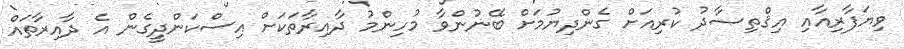
ވިޔަފާރިއާއި އިޤްތިޞާދު ކުރިއަށް ގެންދިޔުމަށް ބޭނުންވާ މުހިންމު ދާއިރާތަކަށް އިސްކަންދީގެން އެ ދާއިރާތައް